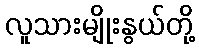
လူသားမျိုးနွယ်တို့